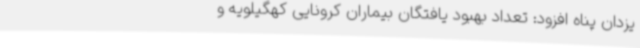
یزدان پناه افزود: تعداد بهبود یافتگان بیماران کرونایی کهگیلویه و